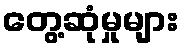
တွေ့ဆုံမှုများ